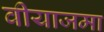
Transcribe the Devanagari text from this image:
वीयाजमा